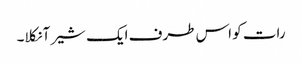
رات کو اس طرف ایک شیر آ نکلا۔